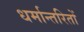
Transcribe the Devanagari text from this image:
धर्मान्तरितों